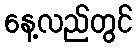
နေ့လည်တွင်